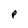
Character: P